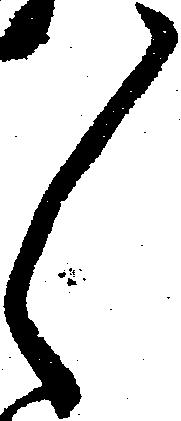
々